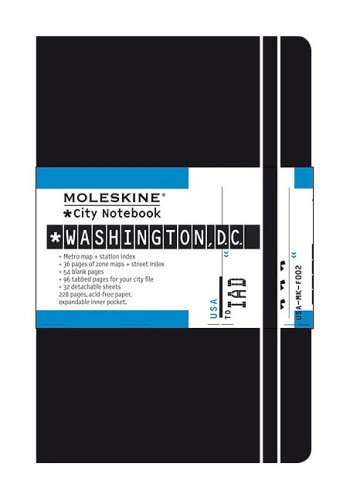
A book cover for Moleskine City Notebook Washington DC; Moleskine; Travel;